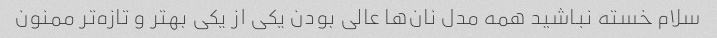
سلام خسته نباشید همه مدل نان‌ها عالی بودن یکی از یکی بهتر و تازه‌تر ممنون